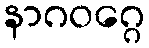
နာဂဝဂ္ဂေ